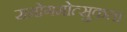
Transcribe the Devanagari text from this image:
समोगमोत्सुकता